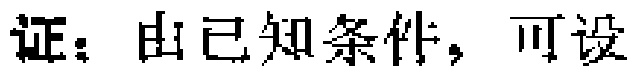
证：由已知条件，可设